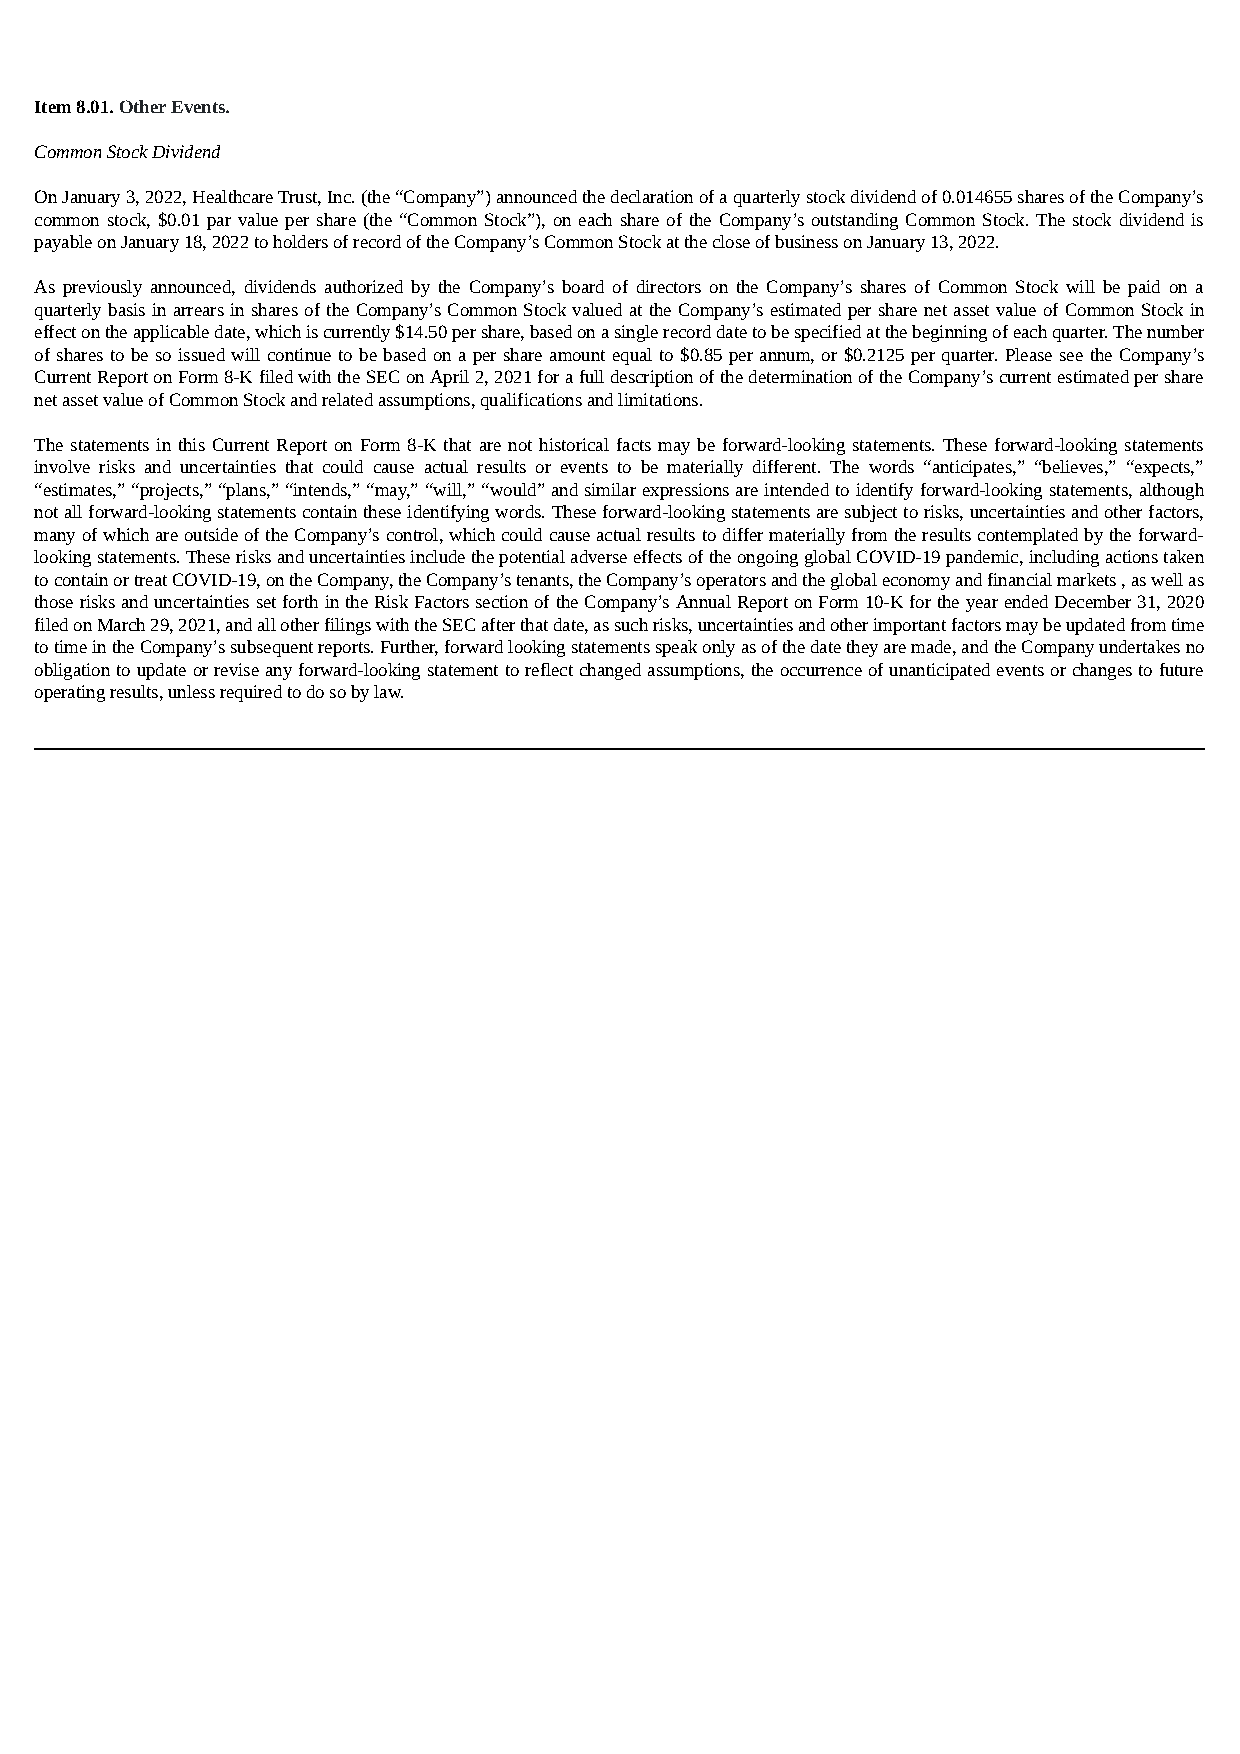
Item 8.01. Other Events.
 Common Stock Dividend
 On January 3, 2022, Healthcare Trust, Inc. (the “Company”) announced the declaration of a quarterly stock dividend of 0.014655 shares of the Company’s
 common stock, $0.01 par value per share (the “Common Stock”), on each share of the Company’s outstanding Common Stock. The stock dividend is
 payable on January 18, 2022 to holders of record of the Company’s Common Stock at the close of business on January 13, 2022.
 As previously announced, dividends authorized by the Company’s board of directors on the Company’s shares of Common Stock will be paid on a
 quarterly basis in arrears in shares of the Company’s Common Stock valued at the Company’s estimated per share net asset value of Common Stock in
 effect on the applicable date, which is currently $14.50 per share, based on a single record date to be specified at the beginning of each quarter. The number
 of shares to be so issued will continue to be based on a per share amount equal to $0.85 per annum, or $0.2125 per quarter. Please see the Company’s
 Current Report on Form 8-K filed with the SEC on April 2, 2021 for a full description of the determination of the Company’s current estimated per share
 net asset value of Common Stock and related assumptions, qualifications and limitations.
 The statements in this Current Report on Form 8-K that are not historical facts may be forward-looking statements. These forward-looking statements
 involve risks and uncertainties that could cause actual results or events to be materially different. The words “anticipates,” “believes,” “expects,”
 “estimates,” “projects,” “plans,” “intends,” “may,” “will,” “would” and similar expressions are intended to identify forward-looking statements, although
 not all forward-looking statements contain these identifying words. These forward-looking statements are subject to risks, uncertainties and other factors,
 many of which are outside of the Company’s control, which could cause actual results to differ materially from the results contemplated by the forward-
 looking statements. These risks and uncertainties include the potential adverse effects of the ongoing global COVID-19 pandemic, including actions taken
 to contain or treat COVID-19, on the Company, the Company’s tenants, the Company’s operators and the global economy and financial markets , as well as
 those risks and uncertainties set forth in the Risk Factors section of the Company’s Annual Report on Form 10-K for the year ended December 31, 2020
 filed on March 29, 2021, and all other filings with the SEC after that date, as such risks, uncertainties and other important factors may be updated from time
 to time in the Company’s subsequent reports. Further, forward looking statements speak only as of the date they are made, and the Company undertakes no
 obligation to update or revise any forward-looking statement to reflect changed assumptions, the occurrence of unanticipated events or changes to future
 operating results, unless required to do so by law.